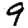
Digit: 9